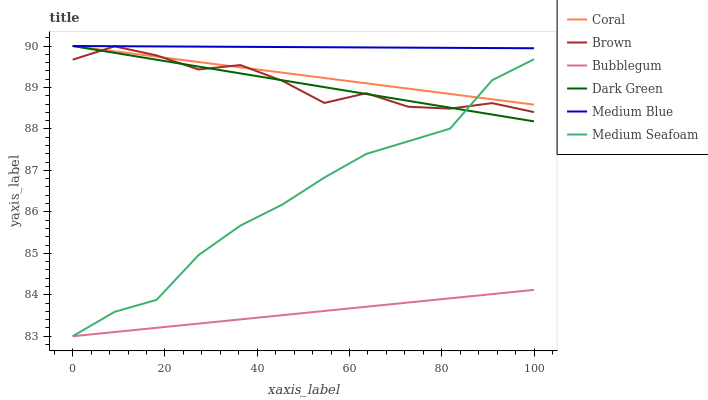
| xaxis_label | Coral | Brown | Bubblegum | Dark Green | Medium Blue | Medium Seafoam |
 | --- | --- | --- | --- | --- | --- | --- |
 | 0 | 90 | 89.7 | 83 | 90 | 90 | 83 |
 | 9.09 | 89.9 | 90 | 83.1 | 89.8 | 90 | 83.6 |
 | 18.2 | 89.7 | 89.8 | 83.2 | 89.7 | 90 | 83.9 |
 | 27.3 | 89.6 | 89.4 | 83.3 | 89.5 | 90 | 85 |
 | 36.4 | 89.5 | 89.5 | 83.4 | 89.3 | 90 | 85.7 |
 | 45.5 | 89.4 | 89.2 | 83.5 | 89.2 | 90 | 86.2 |
 | 54.5 | 89.2 | 88.6 | 83.6 | 89 | 90 | 86.8 |
 | 63.6 | 89.1 | 88.9 | 83.7 | 88.8 | 90 | 87.4 |
 | 72.7 | 89 | 88.5 | 83.8 | 88.7 | 90 | 87.7 |
 | 81.8 | 88.8 | 88.5 | 83.9 | 88.5 | 90 | 88 |
 | 90.9 | 88.7 | 88.6 | 84 | 88.3 | 90 | 89.2 |
 | 100 | 88.6 | 88.4 | 84.1 | 88.2 | 89.9 | 89.7 |